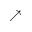
\nearrow